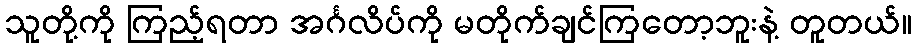
သူတို့ကို ကြည့်ရတာ အင်္ဂလိပ်ကို မတိုက်ချင်ကြတော့ဘူးနဲ့ တူတယ်။